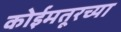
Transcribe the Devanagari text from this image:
कोईमतूरच्या